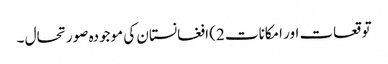
توقعات اور امکانات 2) افغانستان کی موجودہ صورتحال ۔